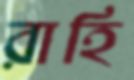
রাহি